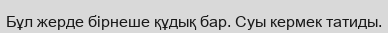
Бұл жерде бірнеше құдық бар. Суы кермек татиды.